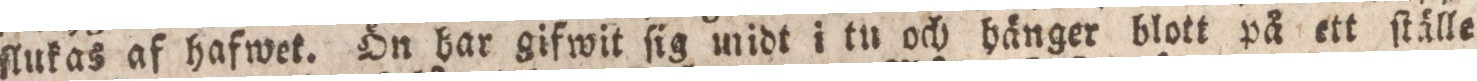
ſlukas af hafwet. Ön bar gifwit ſig midt i tu och hänger blott på ett ſtälle